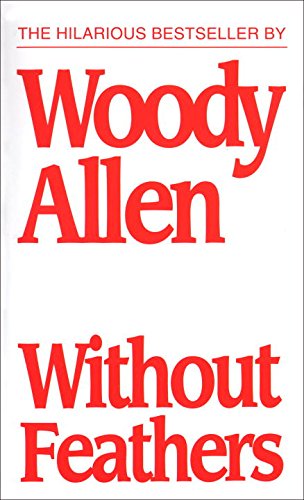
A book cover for Without Feathers; Woody Allen; Humor & Entertainment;